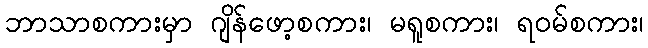
ဘာသာစကားမှာ ဂျိန်ဖော့စကား၊ မရူစကား၊ ရဝမ်စကား၊